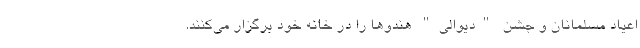
اعیاد مسلمانان و جشن "دیوالی" هندوها را در خانه خود برگزار می‌کنند.